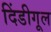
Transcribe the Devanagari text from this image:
दिंडीगूल